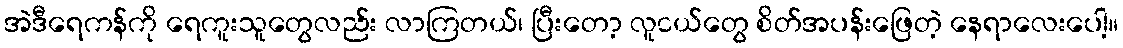
အဲဒီရေကန်ကို ရေကူးသူတွေလည်း လာကြတယ်၊ ပြီးတော့ လူငယ်တွေ စိတ်အပန်းဖြေတဲ့ နေရာလေးပေါ့။